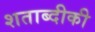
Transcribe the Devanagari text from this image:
शताब्दीकी